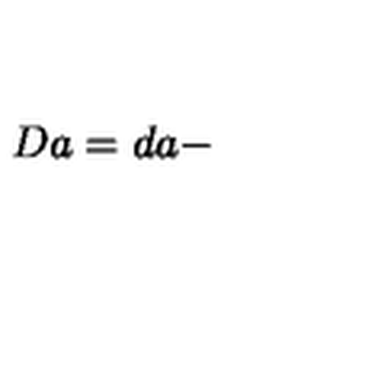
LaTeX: D a = d a -